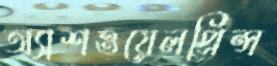
অ্যাশওয়েলপ্রিন্স